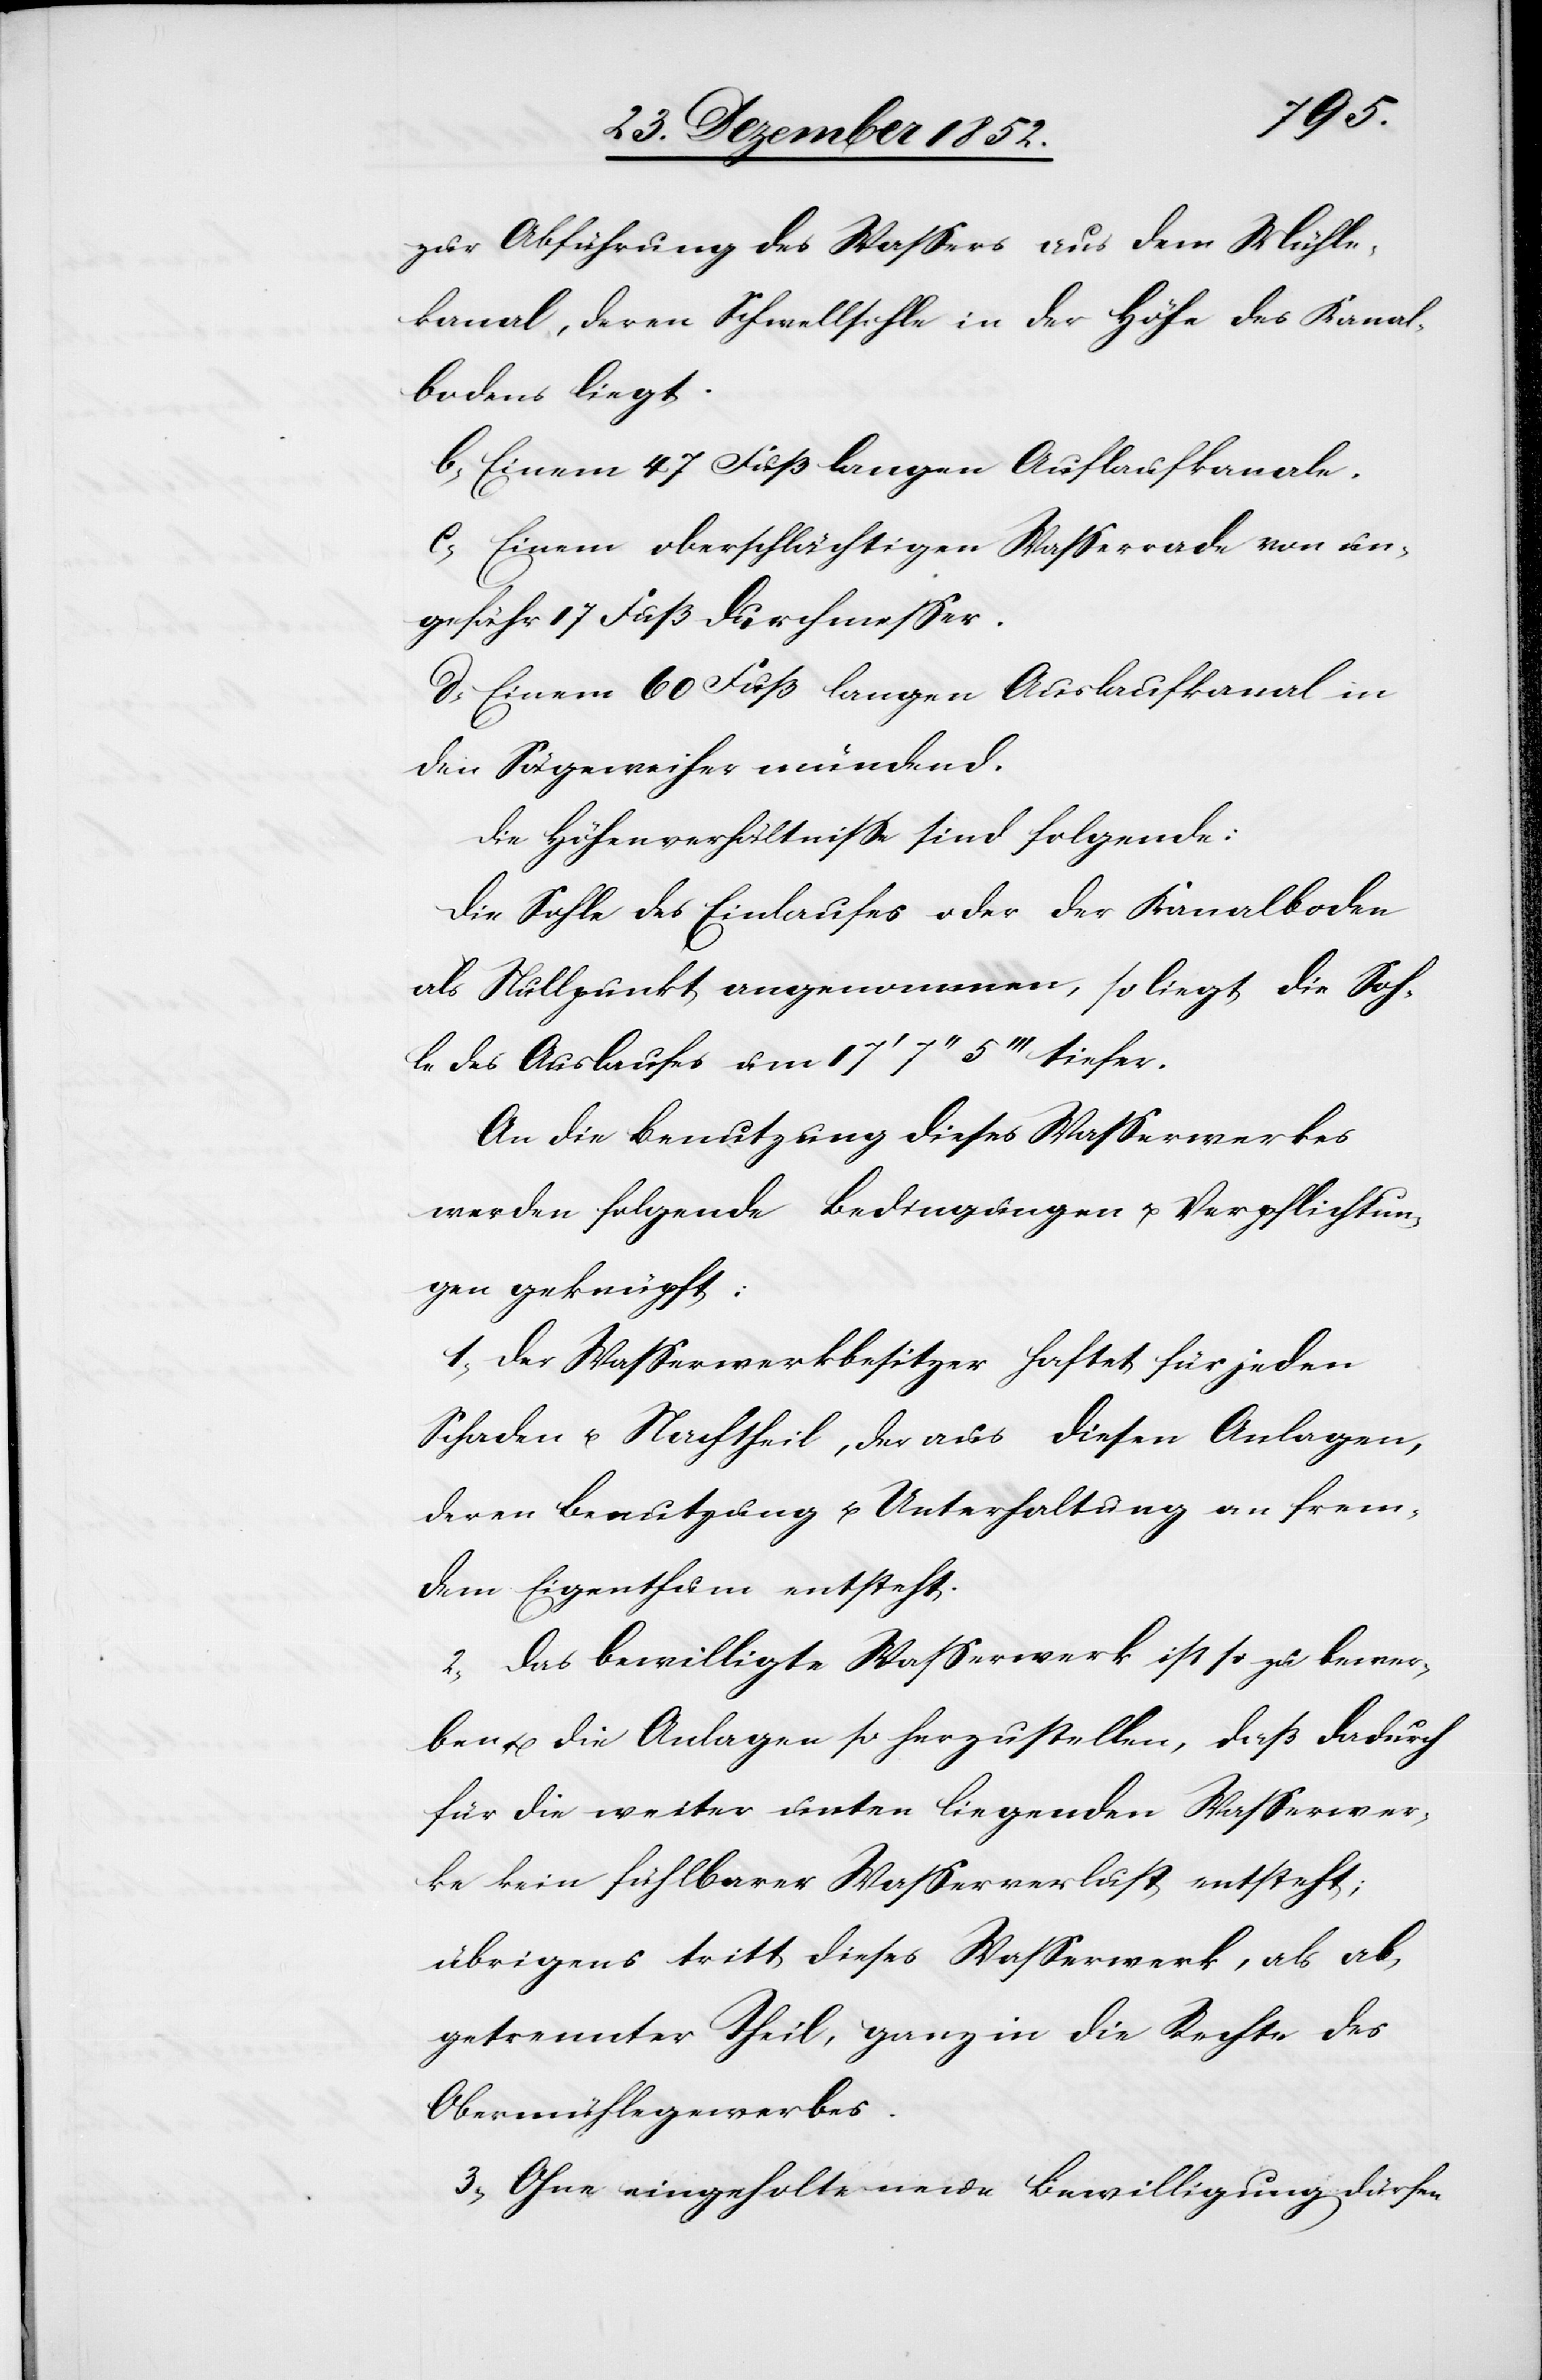
zur Abführung des Wassers aus dem Mühle¬
kanal, deren Schwellsohle in der Höhe des Kanal¬
bodens liegt.
b, Einem 47 Fuß langen Auflaufkanale.
c, Einem oberschlächtigen Wasserrade von un¬
gefähr 17 Fuß Durchmesser.
d, Einem 60 Fuß langen Auslaufkanal in
den Sägeweiher mündend.
Die Höhenverhältnisse sind folgende:
Die Sohle des Einlaufes oder der Kanalboden
als Nullpunkt angenommen, so liegt die Soh¬
le des Auslaufes um 17‘ 7‘‘ 5‘‘‘ tiefer.
An die Benutzung dieses Wasserwerkes
werden folgende Bedingungen u. Verpflichtun¬
gen geknüpft:
1, Der Wasserwerkbesitzer haftet für jeden
Schaden u. Nachtheil, der aus diesen Anlagen,
deren Benutzung u. Unterhaltung an frem¬
dem Eigenthum entsteht.
2, Das bewilligte Wasserwerk ist so zu bewer¬
ben u. die Anlage so herzustellen, daß dadurch
für die weiter unten liegenden Wasserwer¬
ke kein fühlbarer Wasserverlust entsteht;
übrigens tritt dieses Wasserwerk, als ab¬
getrennter Theil, ganz in die Rechte des
Obermühlegewerbes.
3, Ohne eingeholte neue Bewilligung dürfen